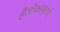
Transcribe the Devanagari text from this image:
हैलीकॉप्टरो